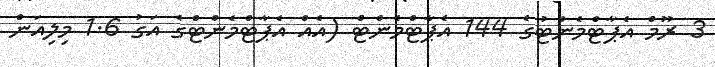
3 ރޫމް އެޕާޓްމެންޓުގެ 144 އެޕާޓްމެންޓް (އެއް އެޕާޓްމެންޓްގެ އަގު 1.6 މިލިއަން